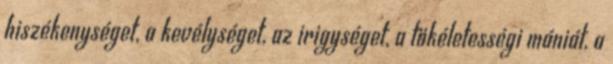
hiszékenységet, a kevélységet, az irigységet, a tökéletességi mániát, a